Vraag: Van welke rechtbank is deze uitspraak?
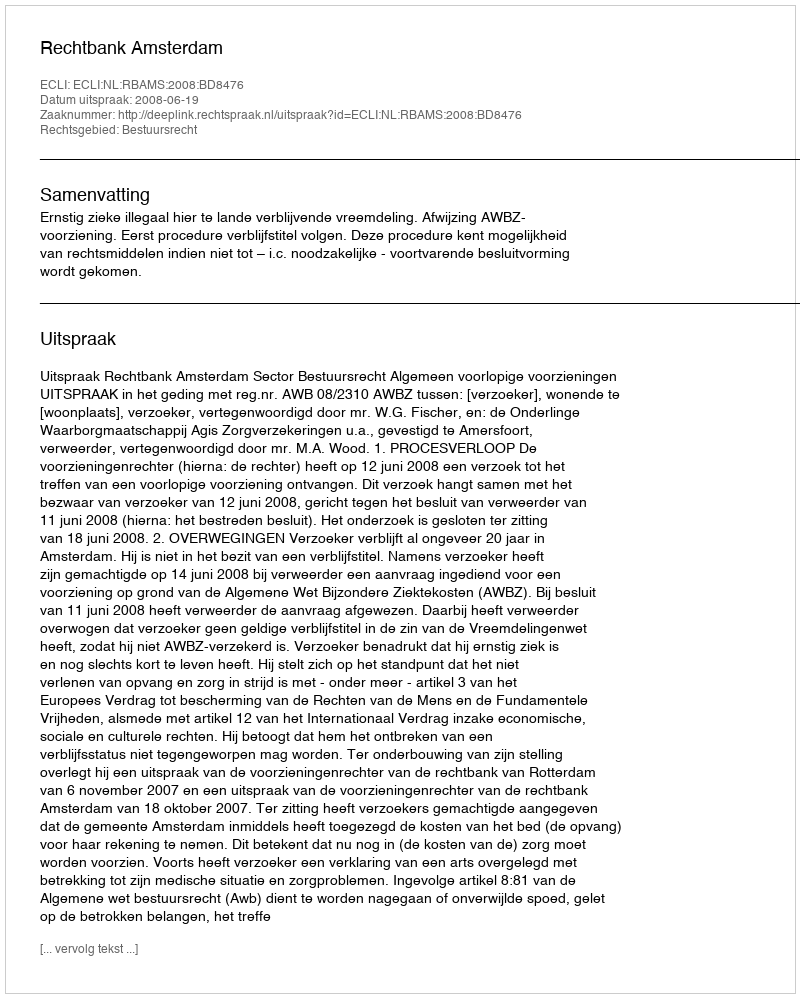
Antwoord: Rechtbank Amsterdam